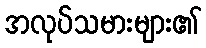
အလုပ်သမားများ၏